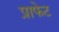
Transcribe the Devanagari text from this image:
प्राफेट